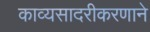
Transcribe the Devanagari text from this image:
काव्यसादरीकरणाने